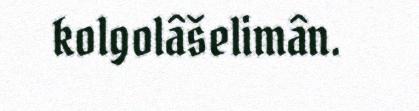
kolgolâšelimân.